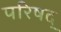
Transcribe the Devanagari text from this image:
परिषद्‍